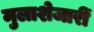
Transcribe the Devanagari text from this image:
मुलाशेजारीं